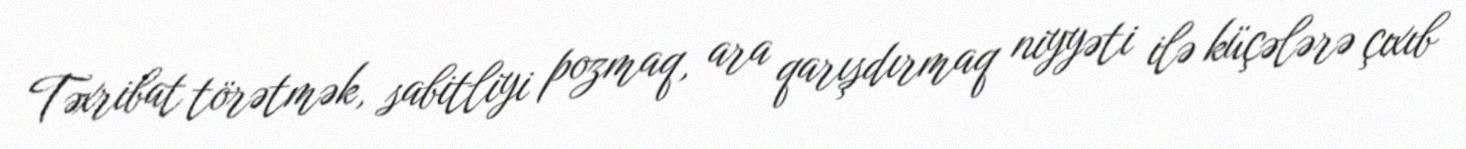
Təxribat törətmək, sabitliyi pozmaq, ara qarışdırmaq niyyəti ilə küçələrə çıxıb